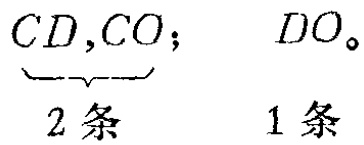
\(\underbrace{CD,CO}_{2\text{条}};\ \ DO_{\circ}\ \ 1\text{条}\)